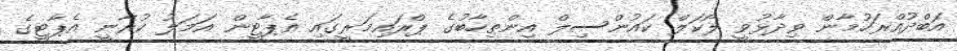
އަބްދުއްރަހުމާން ވިދާޅުވީ ލޯކަލް ކައުންސިލް އިންތިހާބުގެ ޕްރައިމަރީގައި އެޕާޓީން އަމަލު ކުރާނީ އެޕާޓީގެ